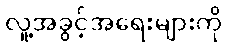
လူ့အခွင့်အရေးများကို